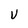
Character: U